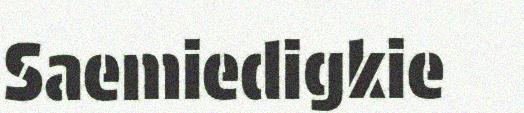
Saemiedigkie